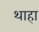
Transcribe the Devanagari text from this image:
थाहा